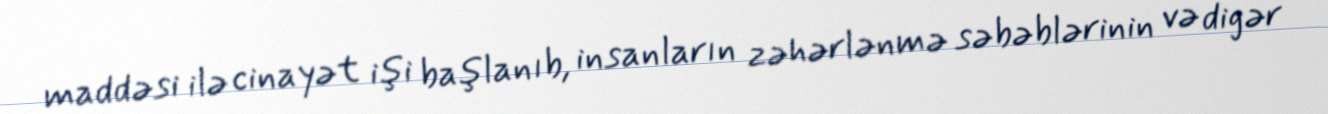
maddəsi ilə cinayət işi başlanıb, insanların zəhərlənmə səbəblərinin və digər